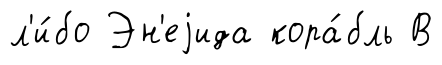
л'и́бо Эн'еjида кора́бль В